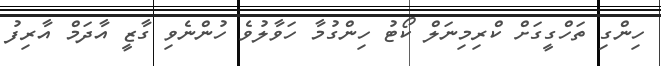
ހިންގި ތަހްގީގަށް ކްރިމިނަލް ކޯޓު ހިންގުމާ ހަވާލުވެ ހުންނެވި ގާޒީ އާދަމް އާރިފު